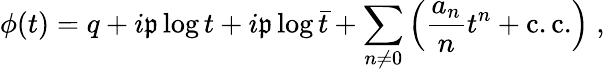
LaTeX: \phi(t)=q+i\mathfrak{p}\log{t}+i\mathfrak{p}\log{\bar{{t}}}+\sum_{n\neq0}\left(\frac{{a_{n}}}{{n}}t^{n}+\mathrm{{c.c.}}\right)\; ,